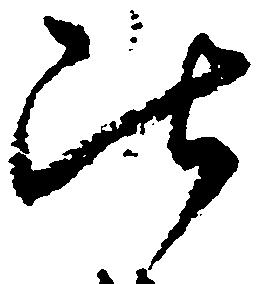
比